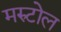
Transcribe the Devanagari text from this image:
मरुटोल